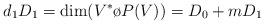
LaTeX: \begin{align*}d_1 D_1 = \dim(V^* \o P(V)) = D_0 + m D_1\end{align*}